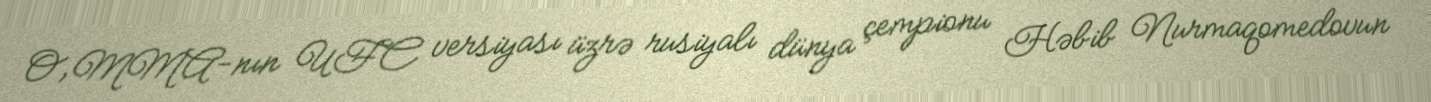
O, MMA-nın UFC versiyası üzrə rusiyalı dünya çempionu Həbib Nurmaqomedovun